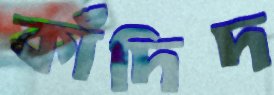
কাঁদিদ